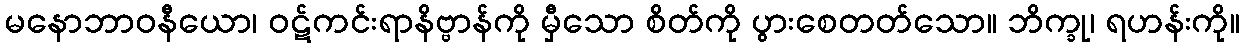
မနောဘာဝနီယော၊ ဝဋ်ကင်းရာနိဗ္ဗာန်ကို မှီသော စိတ်ကို ပွားစေတတ်သော။ ဘိက္ခု၊ ရဟန်းကို။